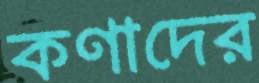
কণাদের